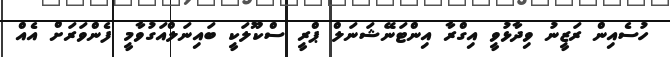
ހުސެއިން ރަޒީނު ވިދާޅުވީ އިގްރާ އިންޓަނޭޝަނަލް ޕްރީ ސްކޫލަކީ ބައިނަލްއަގުވާާމީ ފެންވަރަށް އެއް